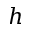
h